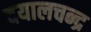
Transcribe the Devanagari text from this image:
दयालचन्द्र